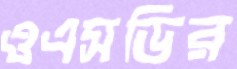
ওএসডির